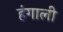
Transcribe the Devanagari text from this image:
हंगाली